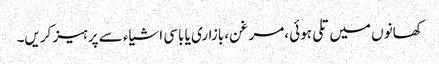
کھانوں میں تلی ہوئی ،مرغن، بازاری یا باسی اشیاء سے پرہیز کریں۔